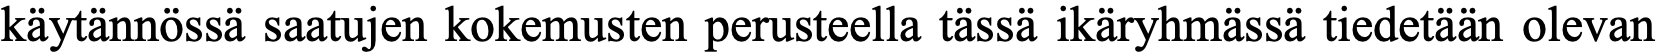
käytännössä saatujen kokemusten perusteella tässä ikäryhmässä tiedetään olevan